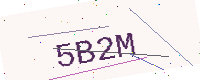
Text: 5B2M